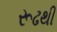
રૂઢથી